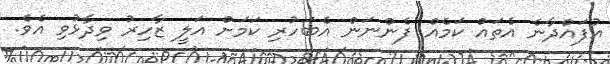
އުފައްދާނެ އެތައް ކަމެއް ފެންނަން އެބަހުރި ކަމަށް އަލީ ޒާހިރު ވިދާޅުވި އެވެ.